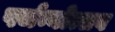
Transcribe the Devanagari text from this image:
पर्जन्योत्सव